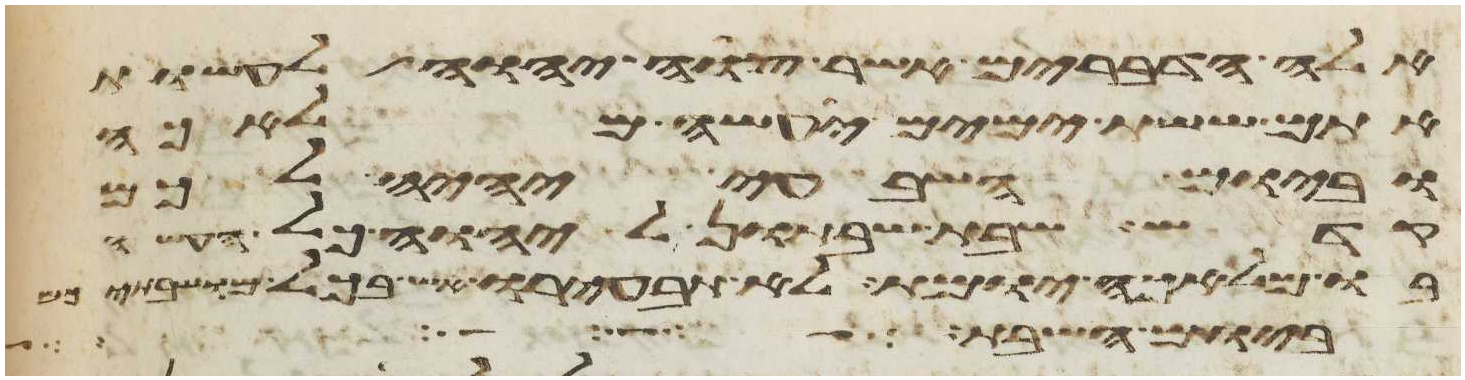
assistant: אלה הדברים אשר צוה יהוה לעשות
אתם ששת ימים יעשה מלאכה
וביום השביעי יהיה לכם
קדש שבת שבתון ליהוה כל העשה
בו מלאכה יומת לא תבעירו אש בכל מושבתיכם
ביום שמע אישה